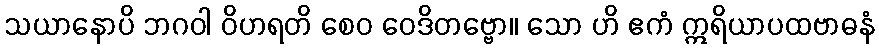
သယာနောပိ ဘဂဝါ ဝိဟရတိ စေဝ ဝေဒိတဗ္ဗော။ သော ဟိ ဧကံ ဣရိယာပထဗာဓနံ